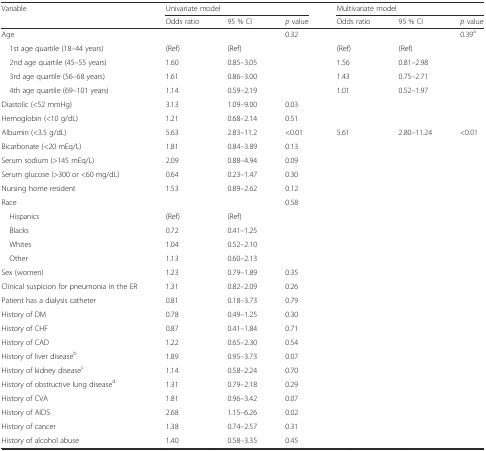
<table><thead><tr><td><b>Variable</b></td><td colspan="3"><b>Univariate model</b></td><td colspan="3"><b>Multivariate model</b></td></tr><tr><td></td><td><b>Odds ratio</b></td><td><b>95 % CI</b></td><td><b><i>p</i> value</b></td><td><b>Odds ratio</b></td><td><b>95 % CI</b></td><td><b><i>p</i> value</b></td></tr></thead><tbody><tr><td>Age</td><td></td><td></td><td>0.32</td><td></td><td></td><td>0.39<sup>a</sup></td></tr><tr><td> 1st age quartile (18–44 years)</td><td>(Ref)</td><td>(Ref)</td><td></td><td>(Ref)</td><td>(Ref)</td><td></td></tr><tr><td> 2nd age quartile (45–55 years)</td><td>1.60</td><td>0.85–3.05</td><td></td><td>1.56</td><td>0.81–2.98</td><td></td></tr><tr><td> 3rd age quartile (56–68 years)</td><td>1.61</td><td>0.86–3.00</td><td></td><td>1.43</td><td>0.75–2.71</td><td></td></tr><tr><td> 4th age quartile (69–101 years)</td><td>1.14</td><td>0.59–2.19</td><td></td><td>1.01</td><td>0.52–1.97</td><td></td></tr><tr><td>Diastolic (&lt;52 mmHg)</td><td>3.13</td><td>1.09–9.00</td><td>0.03</td><td></td><td></td><td></td></tr><tr><td>Hemoglobin (&lt;10 g/dL)</td><td>1.21</td><td>0.68–2.14</td><td>0.51</td><td></td><td></td><td></td></tr><tr><td>Albumin (&lt;3.5 g/dL)</td><td>5.63</td><td>2.83–11.2</td><td>&lt;0.01</td><td>5.61</td><td>2.80–11.24</td><td>&lt;0.01</td></tr><tr><td>Bicarbonate (&lt;20 mEq/L)</td><td>1.81</td><td>0.84–3.89</td><td>0.13</td><td></td><td></td><td></td></tr><tr><td>Serum sodium (&gt;145 mEq/L)</td><td>2.09</td><td>0.88–4.94</td><td>0.09</td><td></td><td></td><td></td></tr><tr><td>Serum glucose (&gt;300 or &lt;60 mg/dL)</td><td>0.64</td><td>0.23–1.47</td><td>0.30</td><td></td><td></td><td></td></tr><tr><td>Nursing home resident</td><td>1.53</td><td>0.89–2.62</td><td>0.12</td><td></td><td></td><td></td></tr><tr><td>Race</td><td></td><td></td><td>0.58</td><td></td><td></td><td></td></tr><tr><td> Hispanics</td><td>(Ref)</td><td>(Ref)</td><td></td><td></td><td></td><td></td></tr><tr><td> Blacks</td><td>0.72</td><td>0.41–1.25</td><td></td><td></td><td></td><td></td></tr><tr><td> Whites</td><td>1.04</td><td>0.52–2.10</td><td></td><td></td><td></td><td></td></tr><tr><td> Other</td><td>1.13</td><td>0.60–2.13</td><td></td><td></td><td></td><td></td></tr><tr><td>Sex (women)</td><td>1.23</td><td>0.79–1.89</td><td>0.35</td><td></td><td></td><td></td></tr><tr><td>Clinical suspicion for pneumonia in the ER</td><td>1.31</td><td>0.82–2.09</td><td>0.26</td><td></td><td></td><td></td></tr><tr><td>Patient has a dialysis catheter</td><td>0.81</td><td>0.18–3.73</td><td>0.79</td><td></td><td></td><td></td></tr><tr><td>History of DM</td><td>0.78</td><td>0.49–1.25</td><td>0.30</td><td></td><td></td><td></td></tr><tr><td>History of CHF</td><td>0.87</td><td>0.41–1.84</td><td>0.71</td><td></td><td></td><td></td></tr><tr><td>History of CAD</td><td>1.22</td><td>0.65–2.30</td><td>0.54</td><td></td><td></td><td></td></tr><tr><td>History of liver disease<sup>b</sup></td><td>1.89</td><td>0.95–3.73</td><td>0.07</td><td></td><td></td><td></td></tr><tr><td>History of kidney disease<sup>c</sup></td><td>1.14</td><td>0.58–2.24</td><td>0.70</td><td></td><td></td><td></td></tr><tr><td>History of obstructive lung disease<sup>d</sup></td><td>1.31</td><td>0.79–2.18</td><td>0.29</td><td></td><td></td><td></td></tr><tr><td>History of CVA</td><td>1.81</td><td>0.96–3.42</td><td>0.07</td><td></td><td></td><td></td></tr><tr><td>History of AIDS</td><td>2.68</td><td>1.15–6.26</td><td>0.02</td><td></td><td></td><td></td></tr><tr><td>History of cancer</td><td>1.38</td><td>0.74–2.57</td><td>0.31</td><td></td><td></td><td></td></tr><tr><td>History of alcohol abuse</td><td>1.40</td><td>0.58–3.35</td><td>0.45</td><td></td><td></td><td></td></tr></tbody></table>